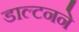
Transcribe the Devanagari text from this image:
डाल्टनने